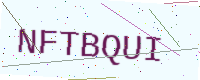
Text: NFTBQUI